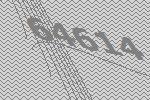
64614